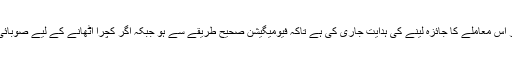
انہوں نے کہا کہ ’ میں نے کمشنر اور ڈپٹی کمشنرز کو ذاتی طور پر اس معاملے کا جائزہ لینے کی ہدایت جاری کی ہے تاکہ فیومیگیشن صحیح طریقے سے ہو جبکہ اگر کچرا اٹھانے کے لیے صوبائی حکومت کی جانب سے جو مدد درکار ہوگی تو ہم فراہم کریں گے‘۔